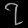
Digit: ၇